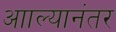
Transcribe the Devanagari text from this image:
आाल्यानंतर